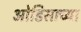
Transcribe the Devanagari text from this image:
ओडिसाच्या